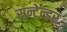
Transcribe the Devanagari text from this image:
सन्टेन्डर